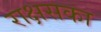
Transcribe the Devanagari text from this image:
राक्षसका